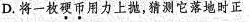
D. 将一枚硬币用力上抛，猜测它落地时正